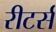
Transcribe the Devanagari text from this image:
रीटर्स